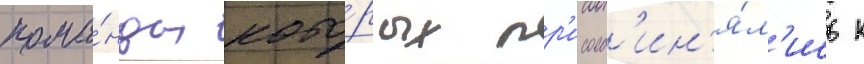
кома́нды кото́рых пр'исоед'ин'я́л'ись к